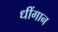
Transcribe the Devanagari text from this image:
धींगान